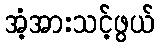
အံ့အားသင့်ဖွယ်